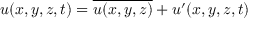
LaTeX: u ( x , y , z , t ) = { \overline { { u ( x , y , z ) } } } + u ^ { \prime } ( x , y , z , t )